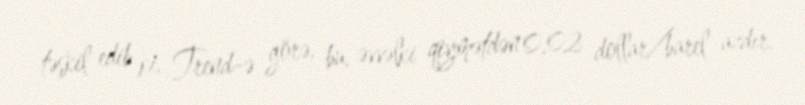
təşkil edib ki, Trend-ə görə, bu, əvvəlki qiymətdən 0,02 dollar/barel azdır.